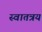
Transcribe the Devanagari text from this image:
स्वातत्रय